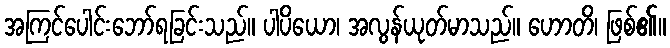
အကြင်ပေါင်းဘော်ရခြင်းသည်။ ပါပိယော၊ အလွန်ယုတ်မာသည်။ ဟောတိ၊ ဖြစ်၏။